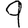
Digit: 9